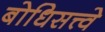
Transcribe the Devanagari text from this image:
बोधिसत्त्वे